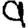
Digit: 9